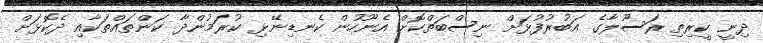
ދިނީ ކީރިތި ރަސޫލާގެ އަބުރުފުޅަށް ނިސްބަތްކޮށް އެނޫހުން ކެނޑިނޭޅި ކުރަމުންދާ ކަންތައްތަކާއި ދެކޮޅަށް